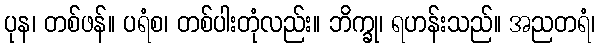
ပုန၊ တစ်ဖန်။ ပရံစ၊ တစ်ပါးတုံလည်း။ ဘိက္ခု၊ ရဟန်းသည်။ အညတရံ၊